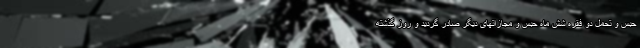
حبس و تحمل دو فقره شش ماه حبس و مجازاتهای دیگر صادر گردید و روز گذشته